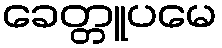
ခေတ္တူပမေ